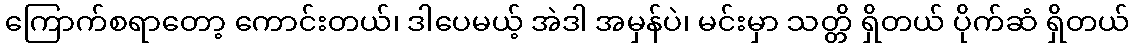
ကြောက်စရာတော့ ကောင်းတယ်၊ ဒါပေမယ့် အဲဒါ အမှန်ပဲ၊ မင်းမှာ သတ္တိ ရှိတယ် ပိုက်ဆံ ရှိတယ်